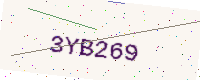
Text: 3YB269